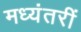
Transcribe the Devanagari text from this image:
मध्यंतरीं